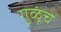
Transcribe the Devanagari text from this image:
गुळूंचे